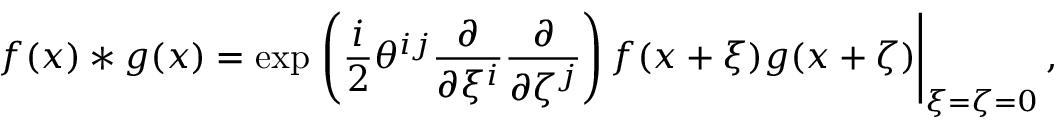
f ( x ) \ast g ( x ) = \exp \left. \left( \frac { i } { 2 } \theta ^ { i j } \frac { \partial } { \partial \xi ^ { i } } \frac { \partial } { \partial \zeta ^ { j } } \right) f ( x + \xi ) g ( x + \zeta ) \right| _ { \xi = \zeta = 0 } ,